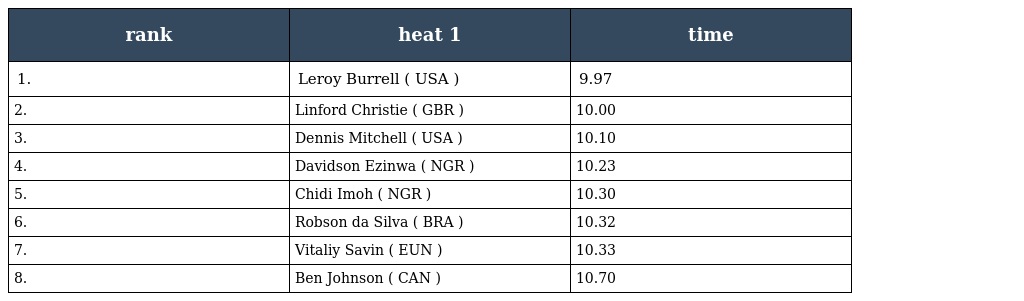
| rank | heat 1 | time |
 | --- | --- | --- |
 | 1. | Leroy Burrell ( USA ) | 9.97 |
 | 2. | Linford Christie ( GBR ) | 10.00 |
 | 3. | Dennis Mitchell ( USA ) | 10.10 |
 | 4. | Davidson Ezinwa ( NGR ) | 10.23 |
 | 5. | Chidi Imoh ( NGR ) | 10.30 |
 | 6. | Robson da Silva ( BRA ) | 10.32 |
 | 7. | Vitaliy Savin ( EUN ) | 10.33 |
 | 8. | Ben Johnson ( CAN ) | 10.70 |